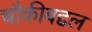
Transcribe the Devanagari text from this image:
चौकीबद्दल